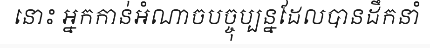
នោះ អ្នកកាន់អំណាចបច្ចុប្បន្នដែលបានដឹកនាំ